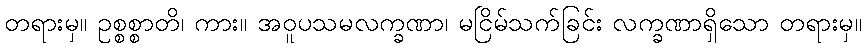
တရားမှ။ ဥစ္စစ္စာတိ၊ ကား။ အဝူပသမလက္ခဏာ၊ မငြိမ်သက်ခြင်း လက္ခဏာရှိသော တရားမှ။